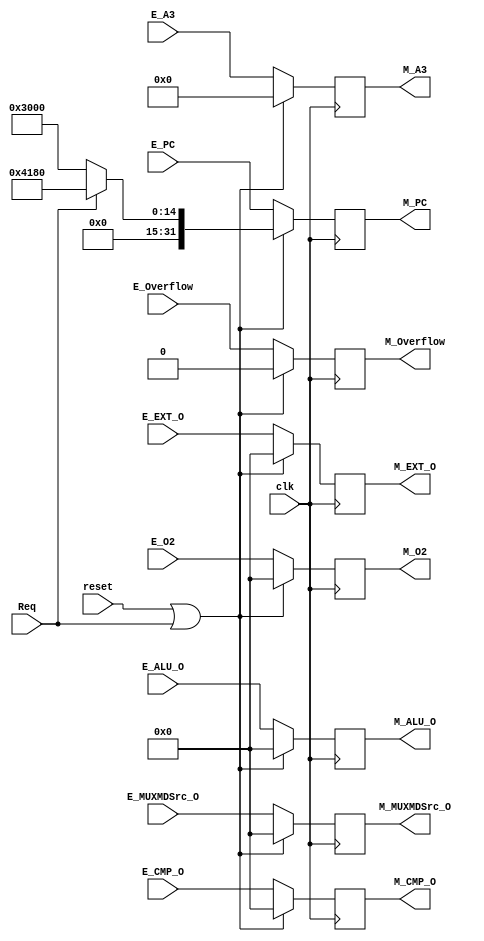
`timescale 1ns / 1ps
//////////////////////////////////////////////////////////////////////////////////
// Company: 
// Engineer: 
// 
// Design Name: 
// Module Name:    M_REG 
// Project Name: 
// Target Devices: 
// Tool versions: 
// Description: 
//
// Dependencies: 
//
// Revision: 
// Revision 0.01 - File Created
// Additional Comments: 
//
//////////////////////////////////////////////////////////////////////////////////
module M_REG(
	 input clk,
	 input reset,
    input [31:0] E_ALU_O,
    input [31:0] E_O2,
    input [31:0] E_PC,
    input [31:0] E_EXT_O,
	 input [31:0] E_CMP_O,
	 input [31:0] E_MUXMDSrc_O,
    input [4:0] E_A3,
	 input E_Overflow,
	 input Req,
    output reg [31:0] M_ALU_O,
    output reg [31:0] M_O2,
    output reg [31:0] M_PC,
    output reg [31:0] M_EXT_O,
	 output reg [31:0] M_CMP_O,
	 output reg [31:0] M_MUXMDSrc_O,
    output reg [4:0] M_A3,
	 output reg M_Overflow
    );
	 
	 always@(posedge clk) begin
		if (reset || Req) begin
			M_ALU_O <= 32'h00000000;
			M_O2 <= 32'h00000000;
			M_PC <= (Req == 1'b1) ? 32'h00004180 : 32'h00003000;
			M_EXT_O <= 32'h00000000;
			M_CMP_O <= 32'h0000000;
			M_MUXMDSrc_O <= 32'h00000000;
			M_A3 <= 5'b00000;
			M_Overflow <= 1'b0;
		end
		else begin
			M_ALU_O <= E_ALU_O;
			M_O2 <= E_O2;
			M_PC <= E_PC;
			M_EXT_O <= E_EXT_O;
			M_CMP_O <= E_CMP_O;
			M_MUXMDSrc_O <= E_MUXMDSrc_O;
			M_A3 <= E_A3;
			M_Overflow <= E_Overflow;
		end
	 end

endmodule